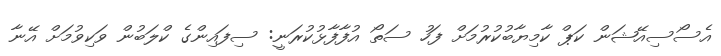
އެސޯސިއޭޝަން ކަޕް ކާމިޔާބުކުރުމަށް ފަހު ސަތޯ އުފާފާޅުކުރަނީ: ސިފައިންގެ ކްލަބުން ވަކިވުމަށް އޭނާ